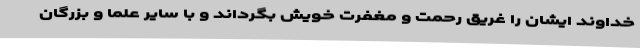
خداوند ایشان را غریق رحمت و مغفرت خویش بگرداند و با سایر علما و بزرگان